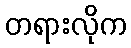
တရားလိုက